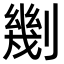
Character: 𠟣